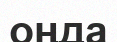
оңда